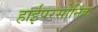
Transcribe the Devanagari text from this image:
हाईपरसोनिक